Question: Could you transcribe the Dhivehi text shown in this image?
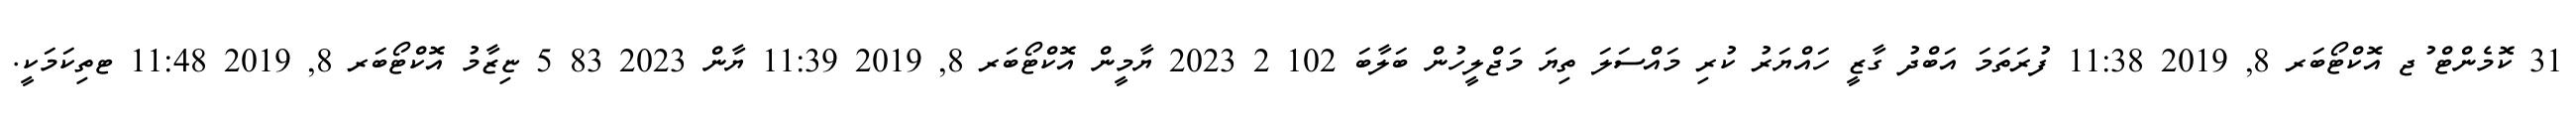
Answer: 31 ކޮމެންޓް ުޖ އޮކްޓޯބަރ 8, 2019 11:38 ފުރަތަމަ އަބްދު ގާޒީ ހައްޔަރު ކުރި މައްސަލަ ތިޔަ މަޖްލީހުން ބަލާބަ 102 2 2023 ޔާމީން އޮކްޓޯބަރ 8, 2019 11:39 ޔާން 2023 83 5 ޏިޒާމު އޮކްޓޯބަރ 8, 2019 11:48 ޓތިކަމަކީ.